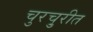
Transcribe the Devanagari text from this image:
चुरचु्रीत